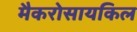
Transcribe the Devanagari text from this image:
मैकरोसायकिल